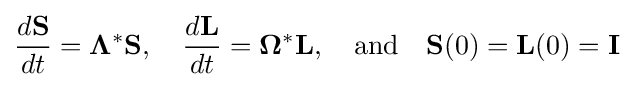
{\frac {d\mathbf {S} }{dt}}=\mathbf {\Lambda } ^{*}\mathbf {S} ,\quad {\frac {d\mathbf {L} }{dt}}=\mathbf {\Omega } ^{*}\mathbf {L} ,\quad {\text{and}}\quad \mathbf {S} (0)=\mathbf {L} (0)=\mathbf {I}